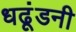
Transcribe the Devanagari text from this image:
धढूंडनी